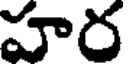
హర